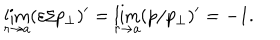
\lim _ { r \to a } ( \varepsilon / p _ { \perp } ) ^ { \prime } = \lim _ { r \to a } ( p / p _ { \perp } ) ^ { \prime } = - 1 .